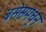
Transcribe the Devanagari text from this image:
बसेसमधून